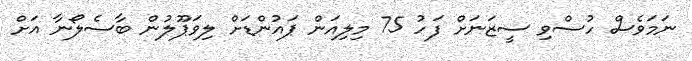
ނަމަވެސް ހުސްވި ސީޒަނަށް ފަހު 75 މިލިއަން ޕައުންޑަށް ލިވަޕޫލުން ބާސެލޯނާ އަށް